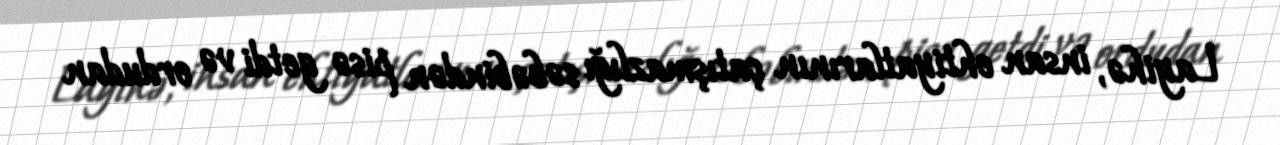
Layihə, insan ehtiyatlarının çatışmazlığı səbəbindən pisə getdi və ordudan